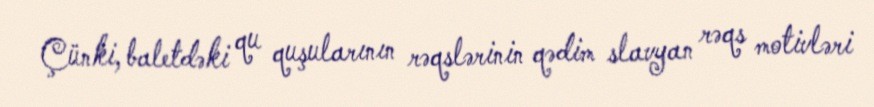
Çünki, baletdəki qu quşularının rəqslərinin qədim slavyan rəqs motivləri